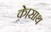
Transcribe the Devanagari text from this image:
के।साथ